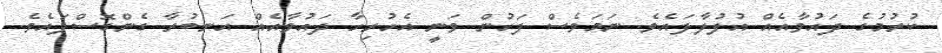
ކުރުމުގެ ދައުވާއެއް އުފުލާފައެވެ. ނަމަވެސް ފަހުން ވަނީ އެހުރިހާ ދައުވާއެއް އަނބުރާ ގެންގޮސްފައެވެ.